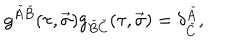
g ^ { \check { A } \check { B } } ( \tau , \vec { \sigma } ) g _ { \check { B } \check { C } } ( \tau , \vec { \sigma } ) = \delta _ { \check { C } } ^ { \check { A } } ,